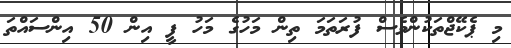
މި ޕެކޭޖްތަކުންވެސް ފުރަތަމަ ތިން މަހުގެ މަހު ފީ އިން 50 އިންސައްތަ